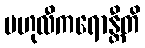
ဗဟုလီကရောန္တီတိ